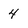
Character: 4